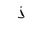
Letter: _thal